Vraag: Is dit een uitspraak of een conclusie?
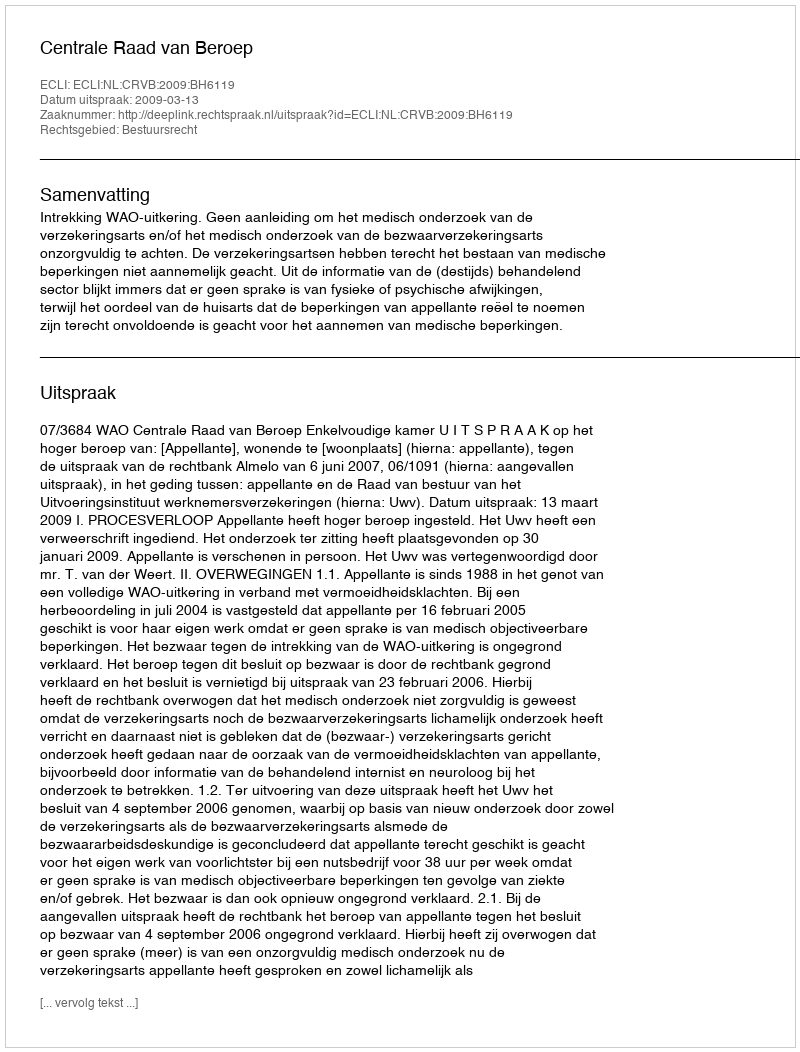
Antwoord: Uitspraak